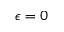
\epsilon = 0